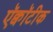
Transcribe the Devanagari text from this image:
ऍक्वॉटीक